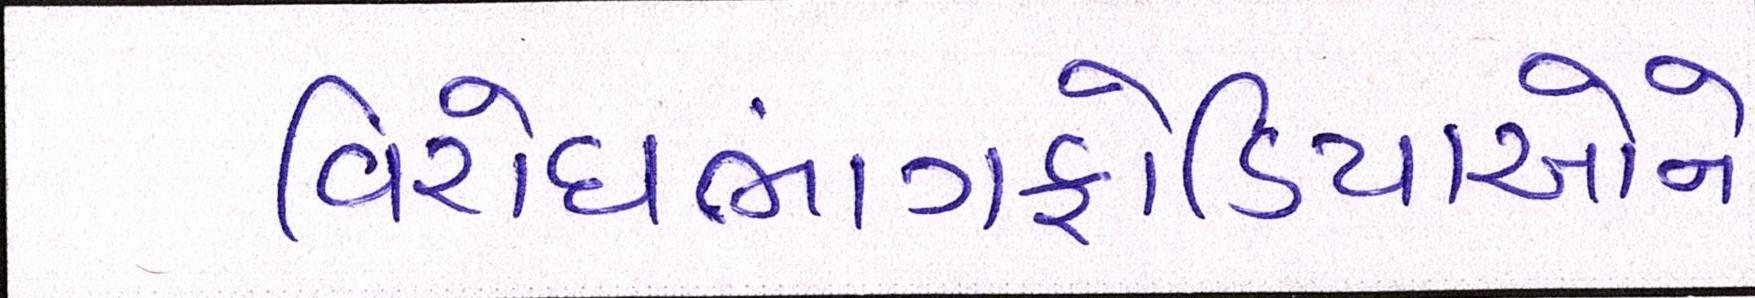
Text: વિરોધભાંગફોડિયાઓને